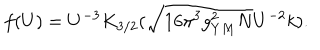
LaTeX: f ( U ) = U ^ { - 3 } K _ { 3 / 2 } ( \sqrt { 1 6 \pi ^ { 3 } g _ { Y M } ^ { 2 } N } U ^ { - 2 } k ) .